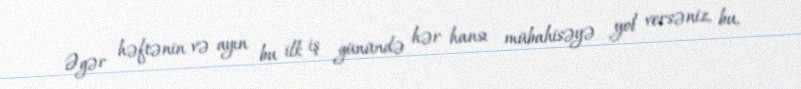
Əgər həftənin və ayın bu ilk iş günündə hər hansı mübahisəyə yol versəniz, bu,